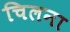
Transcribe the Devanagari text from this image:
चिलना